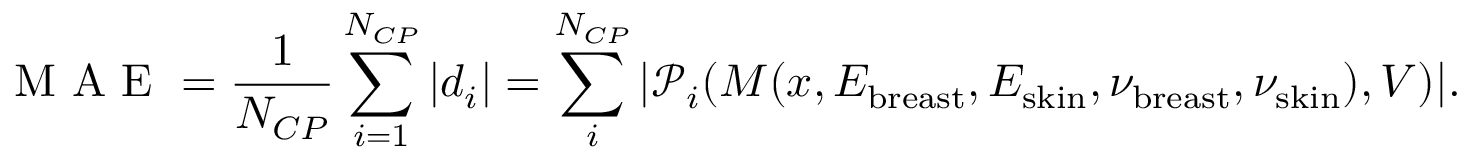
\textrm { M A E } = \frac { 1 } { N _ { C P } } \sum _ { i = 1 } ^ { N _ { C P } } \left| d _ { i } \right| = \sum _ { i } ^ { N _ { C P } } | \mathcal { P } _ { i } ( M ( \boldsymbol { x } , E _ { \mathrm { b r e a s t } } , E _ { \mathrm { s k i n } } , \nu _ { \mathrm { b r e a s t } } , \nu _ { \mathrm { s k i n } } ) , V ) | .